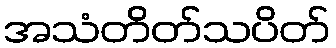
အသံတိတ်သပိတ်